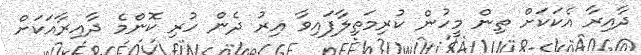
ދާއިރާ އެކަކަށް ތިން މީހުން ކުރިމަތިލާފައިވާ އިރު ދެން ހުރި ކޮންމެ ދާއިރާއަކަށް